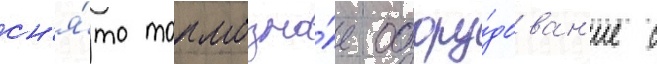
сн'я́то тормозно́е обору́дован'ие с